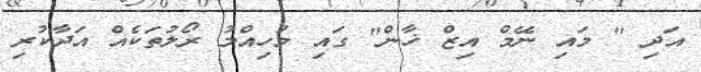
އަދި " މައި ނޭމް އިޒް ޚާން" ގައި މުހިއްމު ރޯލުތަކެއް އަދާކުރި